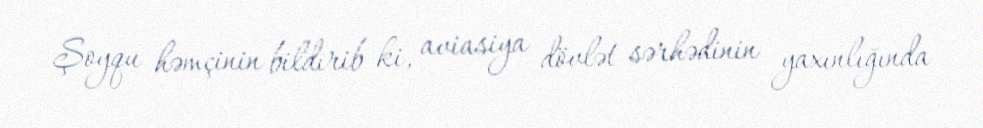
Şoyqu həmçinin bildirib ki, aviasiya dövlət sərhədinin yaxınlığında